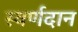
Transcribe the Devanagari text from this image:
स्वर्णदान